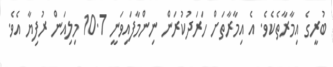
ބުރީގެ އިމާރާތެކެވެ. އެ އިމާރާތަށް ހަރަދުކުރަން ނިންމާފައިވަނީ 10.7 މިލިއަން ރުފިޔާ އެވެ.